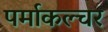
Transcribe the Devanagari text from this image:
पर्माकल्चर